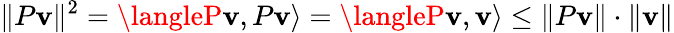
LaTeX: \| P\mathbf{v}\| ^{2}=\langleP\mathbf{v},P\mathbf{v}\rangle=\langleP\mathbf{v},\mathbf{v}\rangle\leq\| P\mathbf{v}\| \cdot\| \mathbf{v}\|